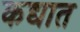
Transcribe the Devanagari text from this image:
कद्यात